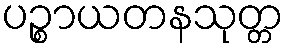
ပဉ္စာယတနသုတ္တ